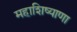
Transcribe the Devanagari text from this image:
महाशिष्याणा